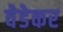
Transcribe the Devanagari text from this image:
वेडेकर